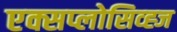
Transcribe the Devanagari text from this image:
एक्सप्लोसिव्ह्ज